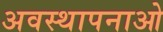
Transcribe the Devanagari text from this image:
अवस्थापनाओ